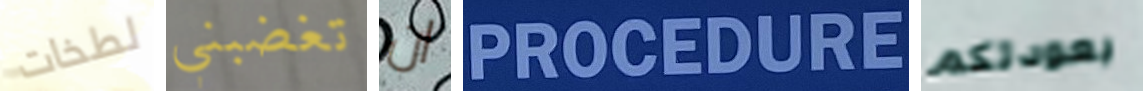
لطخات تغضبني ان PROCEDURE بعودتكم